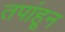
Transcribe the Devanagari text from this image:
तपांहून